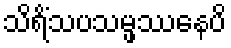
သိရိံသပသမ္ဖဿေနပိ